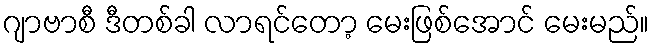
ဂျာဗာစီ ဒီတစ်ခါ လာရင်တော့ မေးဖြစ်အောင် မေးမည်။